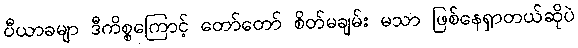
ပီယာခမျာ ဒီကိစ္စကြောင့် တော်တော် စိတ်မချမ်း မသာ ဖြစ်နေရှာတယ်ဆိုပဲ